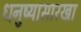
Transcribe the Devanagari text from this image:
धनुष्यासारखा